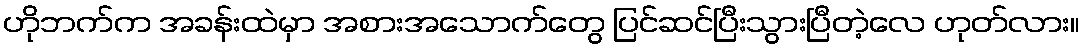
ဟိုဘက်က အခန်းထဲမှာ အစားအသောက်တွေ ပြင်ဆင်ပြီးသွားပြီတဲ့လေ ဟုတ်လား။